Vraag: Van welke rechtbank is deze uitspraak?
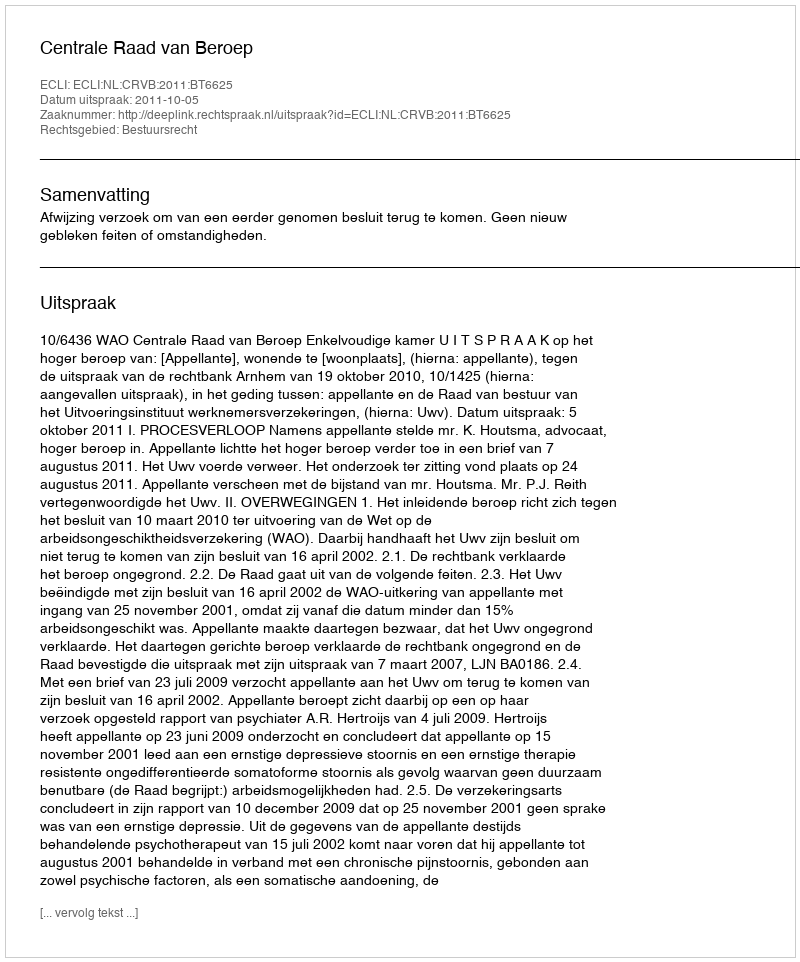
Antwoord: Centrale Raad van Beroep